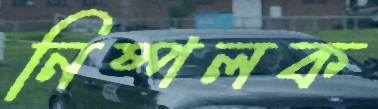
নিষ্পলক